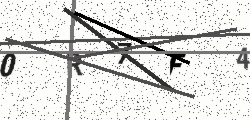
Text: 0R7F4